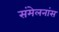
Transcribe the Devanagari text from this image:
संमेलनांस